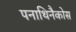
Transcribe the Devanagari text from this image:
पनाथिनैकोस